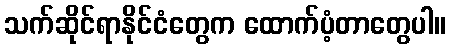
သက်ဆိုင်ရာနိုင်ငံတွေက ထောက်ပံ့တာတွေပါ။